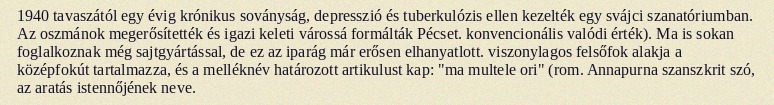
1940 tavaszától egy évig krónikus soványság, depresszió és tuberkulózis ellen kezelték egy svájci szanatóriumban. Az oszmánok megerősítették és igazi keleti várossá formálták Pécset. konvencionális valódi érték). Ma is sokan foglalkoznak még sajtgyártással, de ez az iparág már erősen elhanyatlott. viszonylagos felsőfok alakja a középfokút tartalmazza, és a melléknév határozott artikulust kap: "ma multele ori" (rom. Annapurna szanszkrit szó, az aratás istennőjének neve.